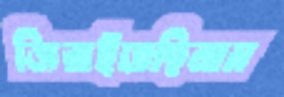
জিরাইতেছিলাম